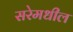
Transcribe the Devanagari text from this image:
सरेमधील